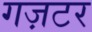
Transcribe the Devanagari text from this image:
गज़टर